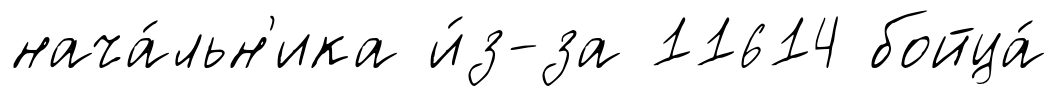
нача́льн'ика и́з-за 11614 бойца́